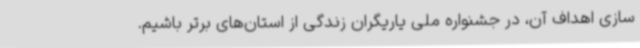
سازی اهداف آن، در جشنواره ملی یاریگران زندگی از استان‌های برتر باشیم.